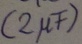
Text: (2µF)